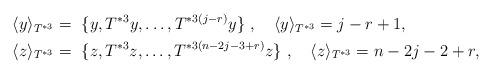
LaTeX: \begin{align*} \langle y\rangle_{T^{*3}} &= ~\{y, T^{*3}y ,\ldots, T^{*3(j-r)}y\}~,~~~\langle y\rangle_{T^{*3}}=j-r+1,\\ \langle z\rangle_{T^{*3}} &= ~\{z, T^{*3}z ,\ldots, T^{*3(n-2j-3+r)}z\}~,~~~\langle z\rangle_{T^{*3}}=n-2j-2+r, \end{align*}